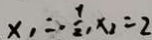
x _ { 1 } = - \frac { 1 } { 2 } , x _ { 2 } = 2